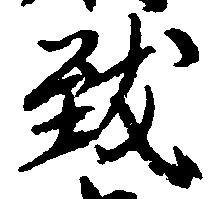
致